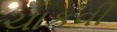
ચાકવી